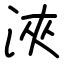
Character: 浹